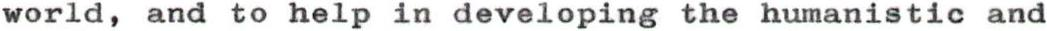
world, and to help in developing the humanistic and